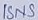
Text: ISNS